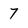
Character: 7